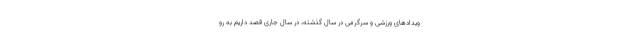
ویدادهای ورزشی و سرگرمی در سال گذشته، در سال جاری قصد داریم به رو